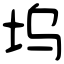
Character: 坞